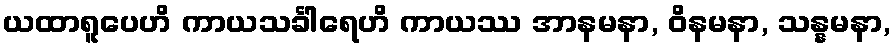
ယထာရူပေဟိ ကာယသင်္ခါရေဟိ ကာယဿ အာနမနာ, ဝိနမနာ, သန္နမနာ,